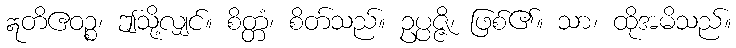
ဣတိဧဝဉ္စ၊ ဤသို့လျှင်။ စိတ္တံ၊ စိတ်သည်။ ဥပ္ပဇ္ဇိ၊ ဖြစ်၏။ သာ၊ ထိုအမိသည်။